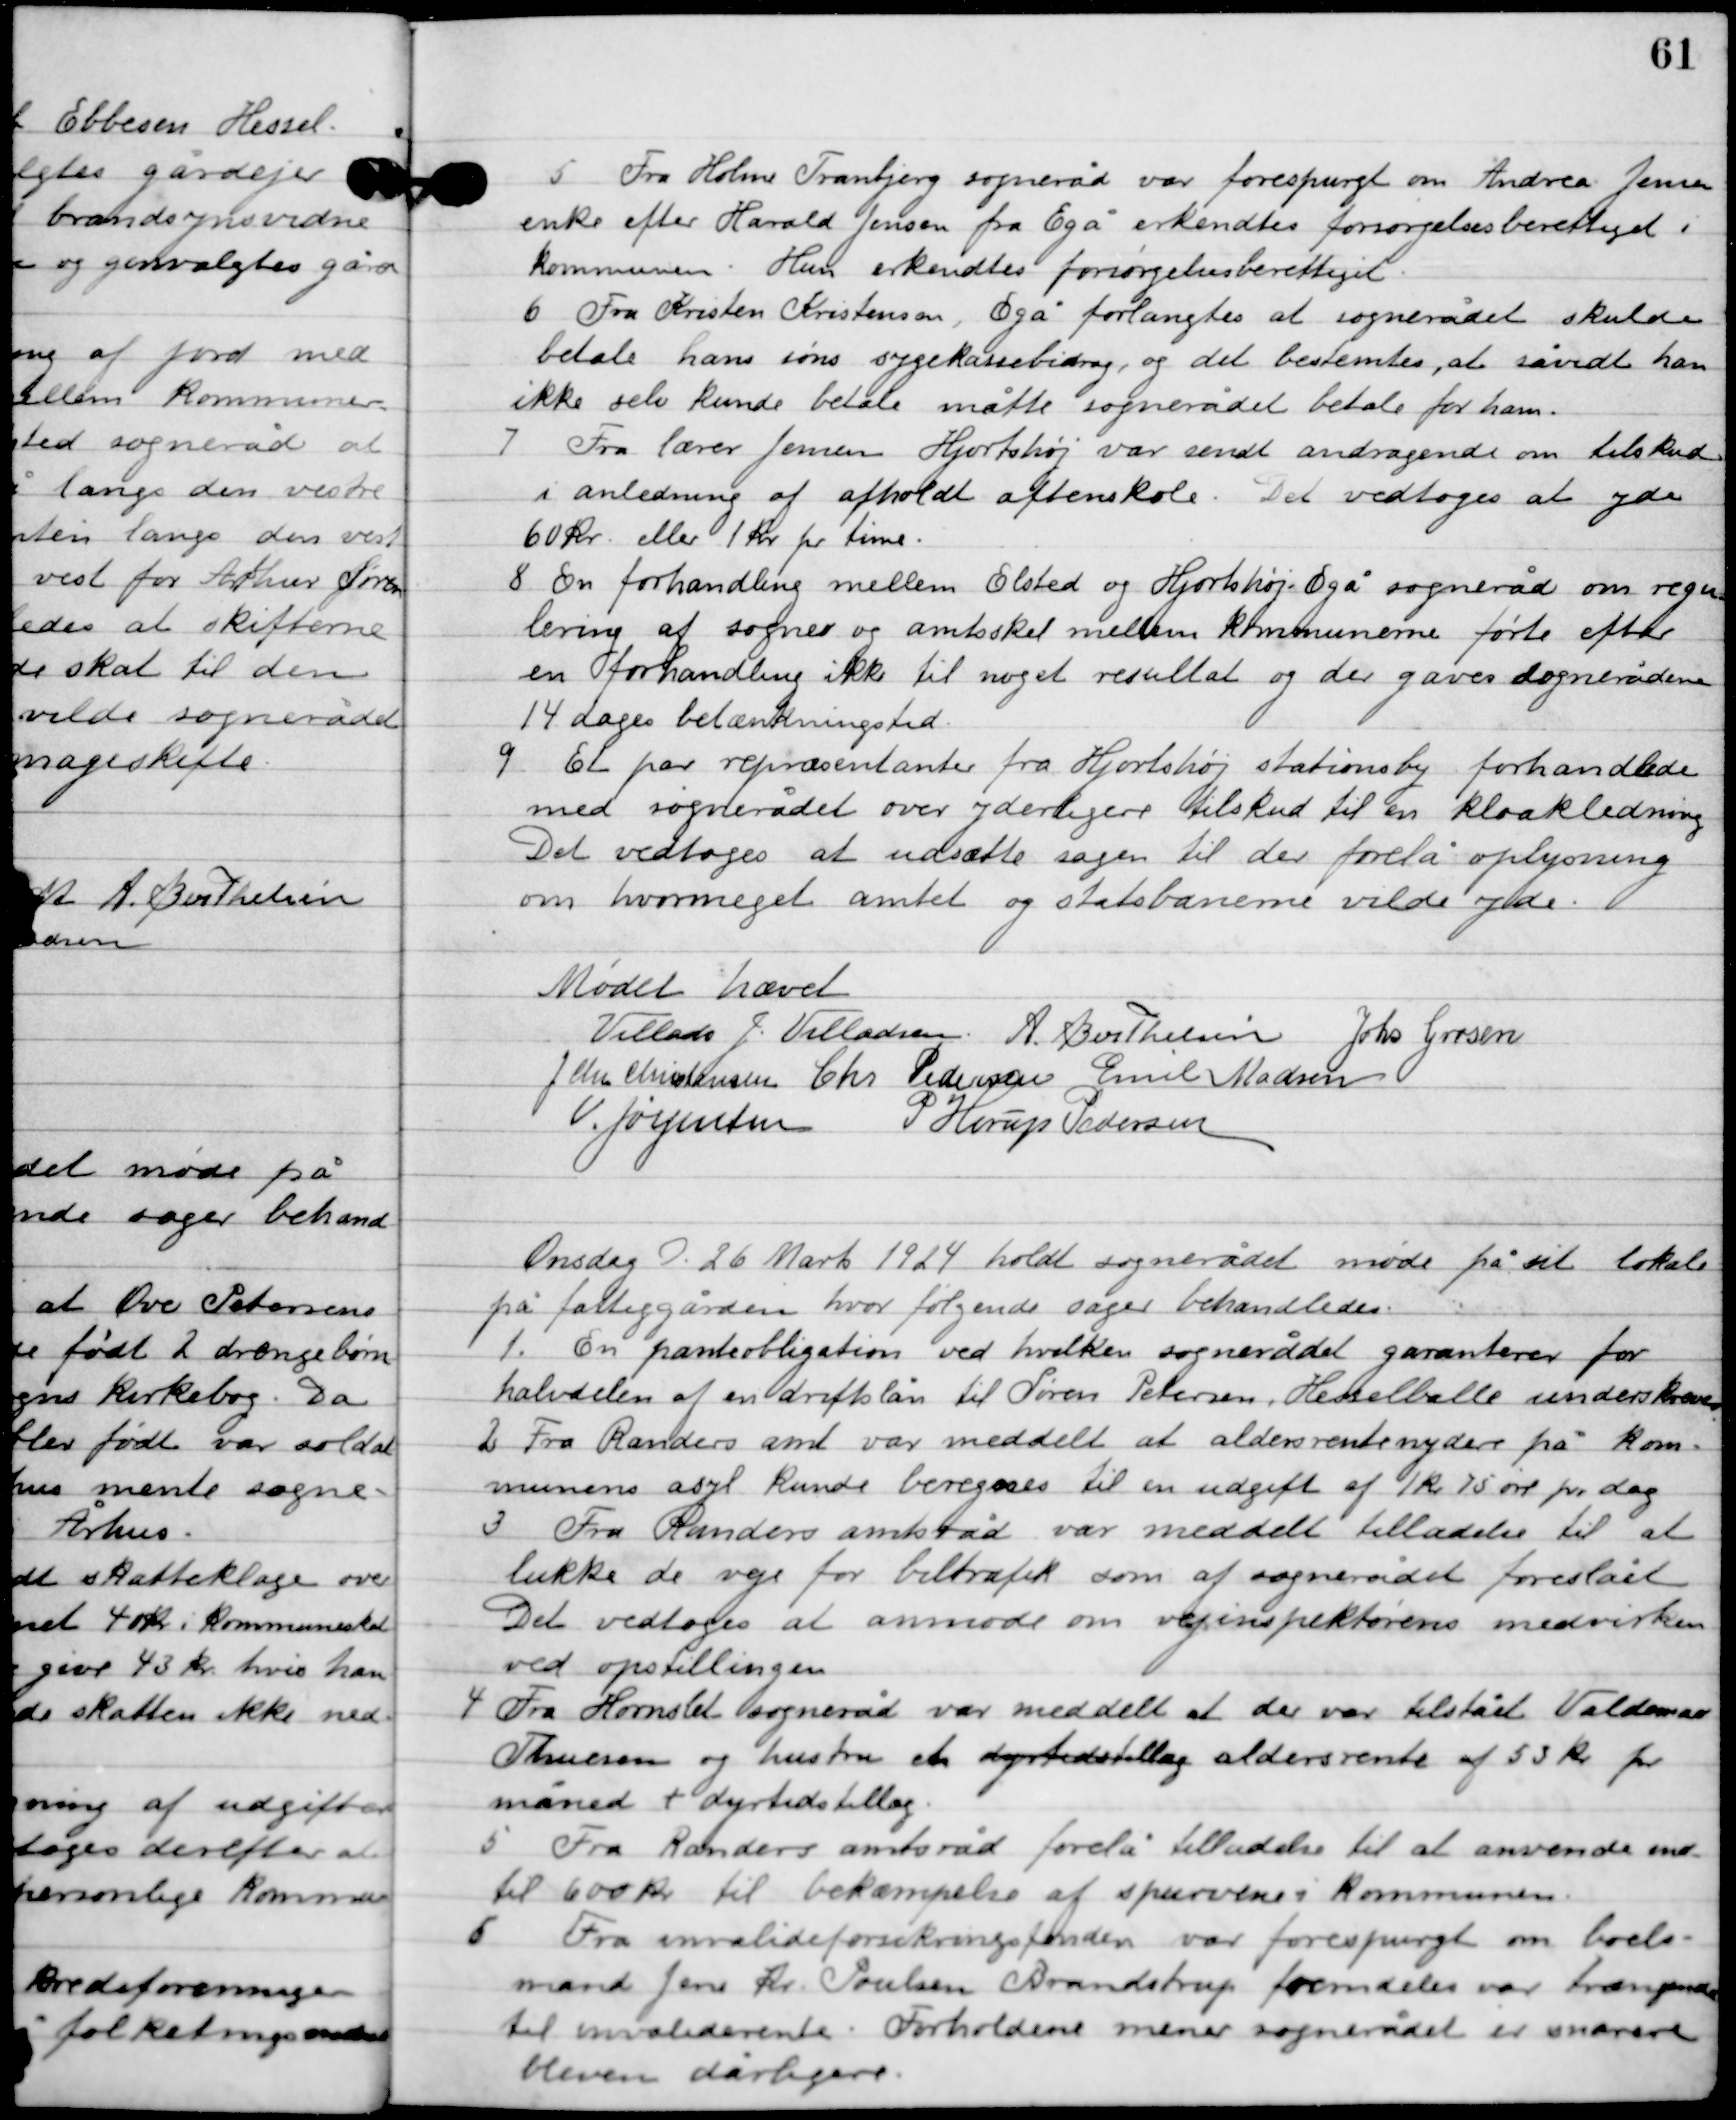
Transskription:
5

Fra Holme Tranbjerg sogneråd var forespurgt om Andrea Jensens
enke efter Harald Jensen fra Egå erkendtes forsørgelsesberettiget i
kommunen. Hun erkendtes forsørgelsesberettiget.

6

Fra Kristen Kristensen, Egå forlangtes at sognerådet skulde
betale hans søn sygekassebidrag, og det bestemtes, at så vidt han
ikke selv kunde betale måtte sognerådet betale for ham.

7

fra lærer Jensen Hjorthøj var sendt andragende om tilskud
i anledning af afholdt aftenskole. Det vedtoges at yde
60 kr. eller 1 kr. pr. time.

8

En forhandling mellem Elsted og Hjorthøj Egå sogneråd om regu-
lering af sogne og amtskel mellem kommunerne førte efter
 en forhandling ikke til noget resultat og der gaves sognerådene
14 dages betænkningstid.

9

Et par repræsentanter fra Hjortshøj stationsby forhandlede
 med sognerådet over yderligere tilskud til en kloakledning.
Det vedtoges at udsætte sagen til der forelå oplysninger
om hvor meget amtet og statsbanerne vilde yde.

Mødet hævet

Villads J. Villadsen
A. Berthelsen
Johs. Grosen
J. Chr. Christensen
Chr. Pedersen
Emil Madsen
V. Jørgensen
P. Horup Pedersen

Onsdag D. 26. Marts 1924 holdt sognerådet møde på sit lokale
på fattiggården, hvor følgende sager behandledes.

1

En panteobligation ved hvilken sognerådet garanterer for
halvdelen af en driftslån til Søren Petersen, Hesselballe underskrives.

2

Fra Randers amt var meddelt at aldersrentenyder på kom-
munens asyl kunde beregnes til en udgift af 1 kr. 75 øre pr. dag.

3

Fra Randers amtsråd var meddelt tilladelse til at
lukke de veje for biltrafik som af sognerådet foreslået.
Det vedtoges at anmode om vejinspektørens medvirken
ved opstillingen.

4

Fra Hornslet sogneråd var meddelt at der var tilstået Valdemar
Thomsen og hustru et aldersrente af 53 kr. pr.
måned + dyrtidstillæg.

5

Fra Randers amtsråd forelå tilladelse til at anvende med
til 600 kr. til bekæmpelse af spurvene i kommunen.

6

Fra invalideforsikringsfonden var forespurgt om boels-
mand Jens Kr. Poulsen Brandstrup fremdeles var trængende
til invaliderente. Forholdene mener sognerådet er snarere
 bleven dårligere.